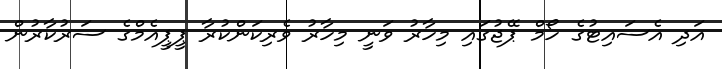
އަދި އެސައިޓުގެ ހޯމް ޕޭޖުގައި މިހާރު ވަނީ މިހާރު ވެރިކަންކުރާ ޕީޕީއެމްގެ ސަރުކާރުން